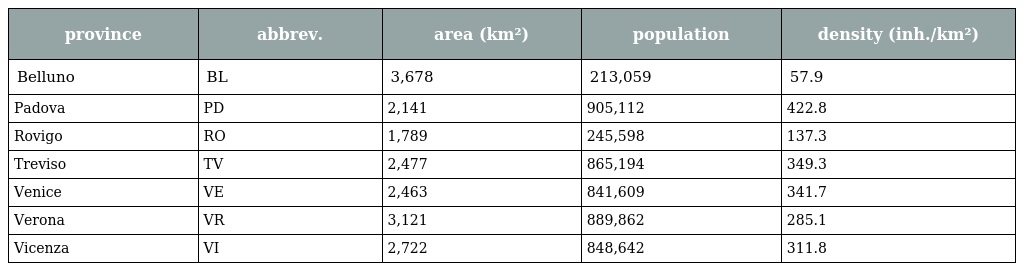
| province | abbrev. | area (km²) | population | density (inh./km²) |
 | --- | --- | --- | --- | --- |
 | Belluno | BL | 3,678 | 213,059 | 57.9 |
 | Padova | PD | 2,141 | 905,112 | 422.8 |
 | Rovigo | RO | 1,789 | 245,598 | 137.3 |
 | Treviso | TV | 2,477 | 865,194 | 349.3 |
 | Venice | VE | 2,463 | 841,609 | 341.7 |
 | Verona | VR | 3,121 | 889,862 | 285.1 |
 | Vicenza | VI | 2,722 | 848,642 | 311.8 |